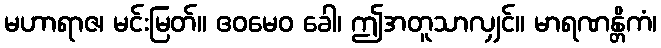
မဟာရာဇ၊ မင်းမြတ်။ ဧဝမေဝ ခေါ၊ ဤအတူသာလျှင်။ မာရဏန္တိကံ၊